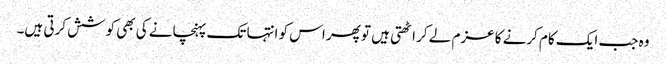
وہ جب ایک کام کرنے کا عزم لے کر اٹھتی ہیں تو پھر اس کو انتہا تک پہنچانے کی بھی کوشش کرتی ہیں۔